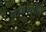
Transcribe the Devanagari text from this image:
आमसभेचे